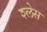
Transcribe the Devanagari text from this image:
श्लेस